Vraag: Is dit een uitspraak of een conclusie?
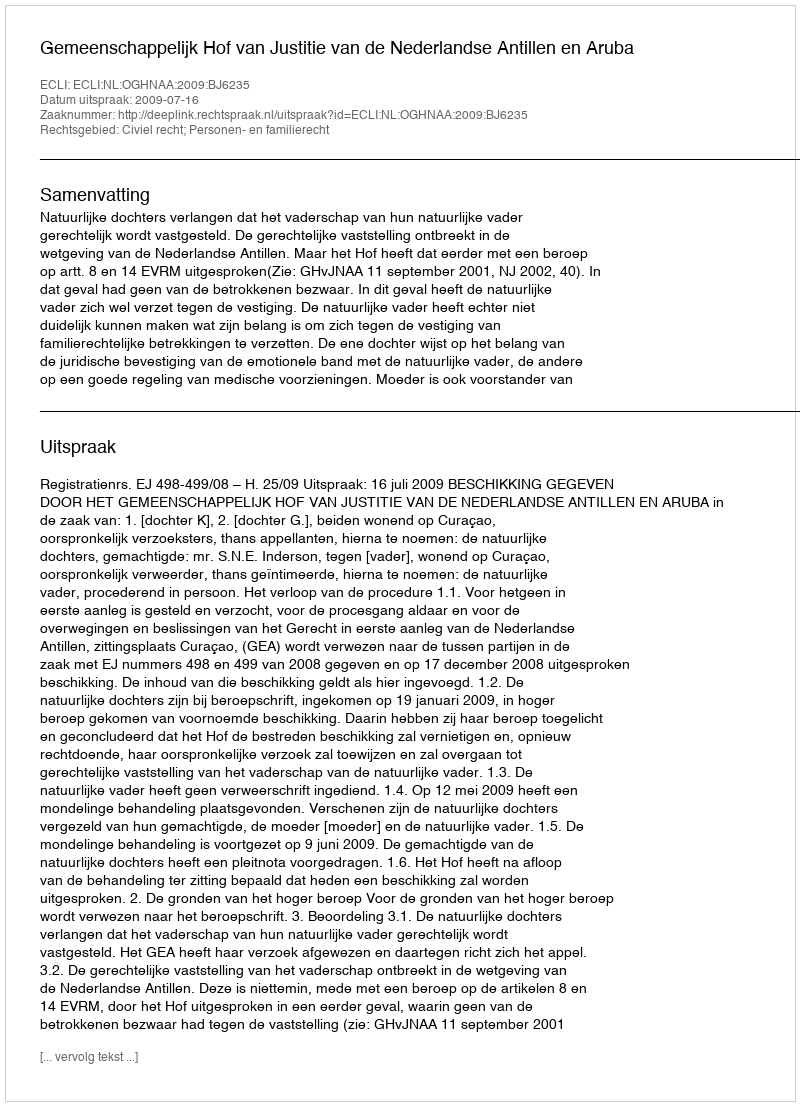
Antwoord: Uitspraak